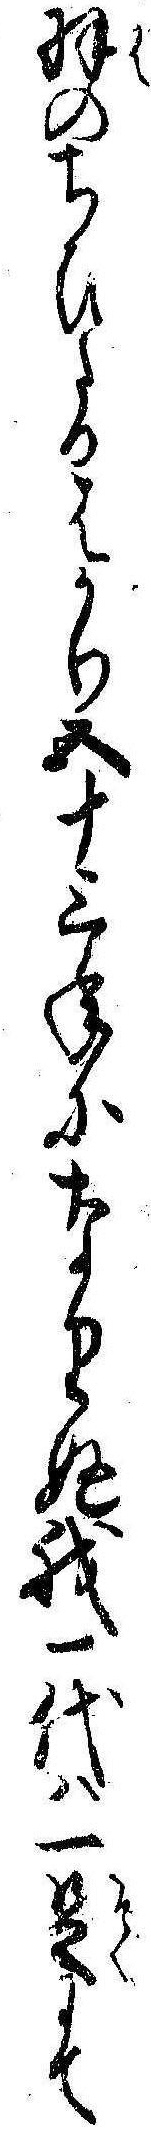
羽のちひたるはかり五十三年になりぬ我一代は一足にて